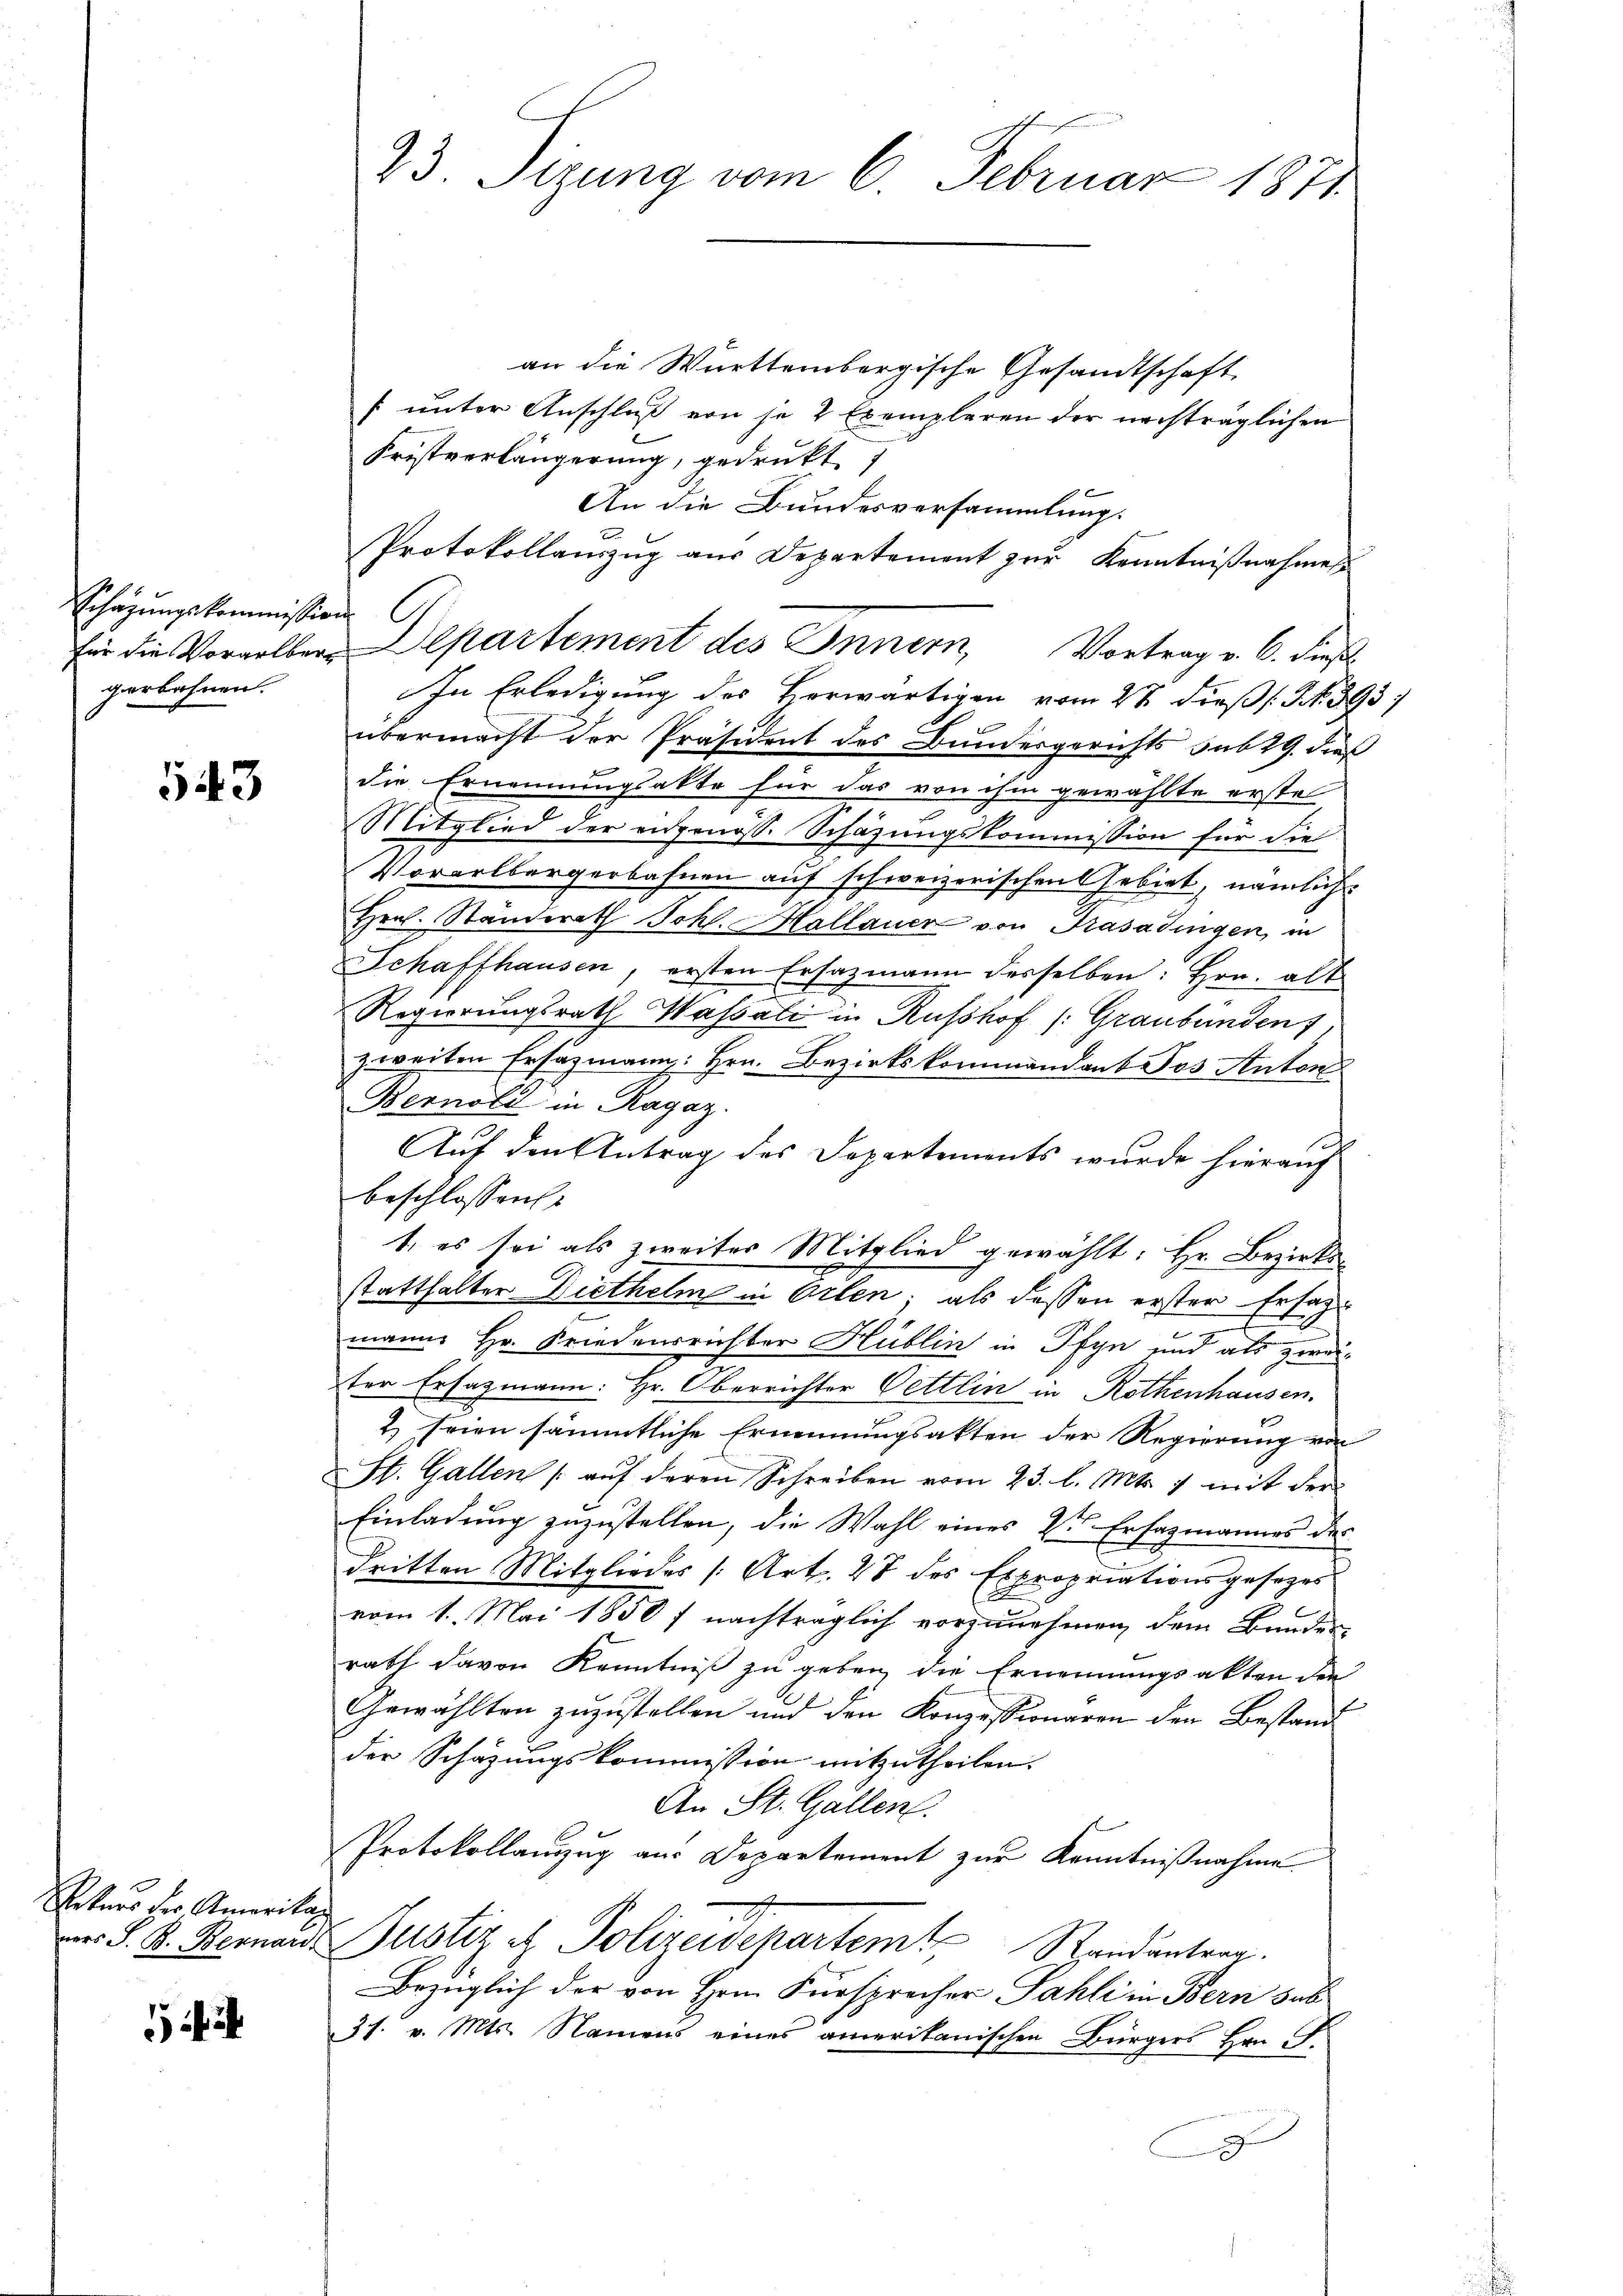
Schazungskommission
gerbahnen.

543

Veters der Amerikan

23. Sizung vom 6. Februar 1871

an die Württembergische Gesandtschaft
f unter Anschluß von je 2 Exemplaren der nachträglichen
Fristverlängerung, gedrukt
An die Bundesversammlung.
Protokollanzŭg aŭs Departement zŭr Kenntniβnahmes
In Erledigung des herwärtigen vom 2t dieß (N. 393 f
übermacht der Präsident des Bundergerichts sub 29. dieß
die Ernennungsakte für das von ihm gewählte erste
Mitglied der eidgenoss. Schazungskommission für die
Vorarlbergerbahnen auf schweizerischen Gebiet, nämlich
Hrn. Ständerath Joh. Hallauer von Trasadingen, in
Schaffhausen, ersten Ersazmann desselben: hrn. alt
Regierungsrath Wassati in Russhof /: Graubünden
zweiten Ersatzmann: Hrn. Bezirkskommandant Jos Anton
Bernold in Ragaz.
d
Auf den Antrag des Departements wurde hierauf
beschlossen
1. es sei als zweiter Mitglied gewählt: Hr. Bezirks
statthalter Diethelm in Orten; als dessen erster Ersatz-
mann Hr. Friedensrichter Hüblin in Pfyn und als zweiter Ersazmann: Hr. Oberrichter Pettlin in Rothenhausen
2) seien sämmtliche Ernennungsakten der Regierung von
St. Gallen /: auf deren Schreiben vom 23. l. Mts. 7 mit der
Einladung zuzustellen, die Wahl eines Dr Erfagmannes der
dritten Mitgliedes (Art. 47 des Expropriationsgesezes
vom 1. Mai 1850 nachträglich vorzunehmen, dem Bundes-
rath davon Kenntniß zu geben die Ernennungsakten den
Gewählten zuzustellen und den Konzessionaren den Bestand
der Schazungskommission mitzutheilen.
An St. Gallen.
Protokollanzug aus Departement zur Kenntnißnahme
Der S. K. Bernand Justiz et Polizeidepartem Randantrag
Bezüglich der von Herrn Fürsprecher Sahli in Bern das
31. v. Mts. Namens eines amerikanischen Bürgers Hrn. F.
9

für die Vorgelber-Alpartement des Innern, Vortrag v. 6. dieß